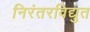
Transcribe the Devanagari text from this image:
निरंतरविद्युत